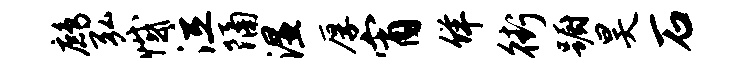
鹧弘憾泣隔湿厚宵佯街蹰昊石